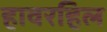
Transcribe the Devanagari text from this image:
हावरहिल